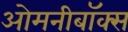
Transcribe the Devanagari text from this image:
ओमनीबॉक्स